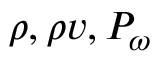
\rho , \rho \boldsymbol { v } , P _ { \omega }